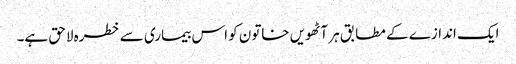
ایک اندازے کے مطابق ہر آٹھویں خاتون کو اس بیماری سے خطرہ لاحق ہے۔